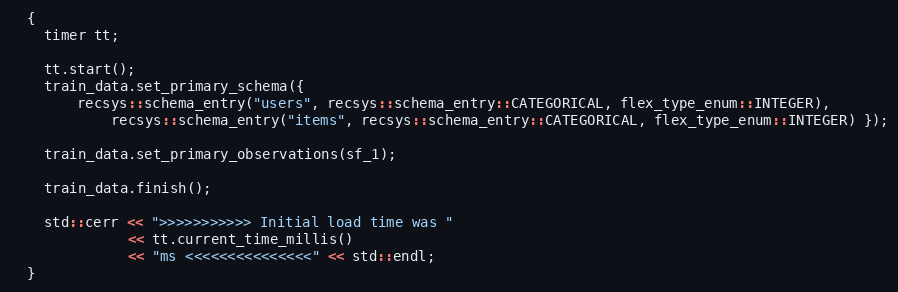
Language: C++
  {
    timer tt;

    tt.start();
    train_data.set_primary_schema({
        recsys::schema_entry("users", recsys::schema_entry::CATEGORICAL, flex_type_enum::INTEGER),
            recsys::schema_entry("items", recsys::schema_entry::CATEGORICAL, flex_type_enum::INTEGER) });

    train_data.set_primary_observations(sf_1);

    train_data.finish();

    std::cerr << ">>>>>>>>>>> Initial load time was "
              << tt.current_time_millis()
              << "ms <<<<<<<<<<<<<<<" << std::endl;
  }